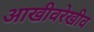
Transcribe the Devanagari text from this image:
आखीवरेखीव